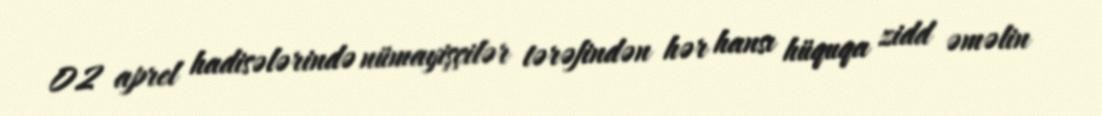
02 aprel hadisələrində nümayişçilər tərəfindən hər hansı hüquqa zidd əməlin